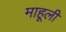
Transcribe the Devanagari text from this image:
माहूली